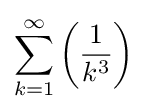
\sum _{k=1}^{\infty }\left({\frac {1}{k^{3}}}\right)